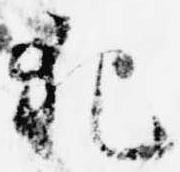
犯